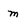
Character: m